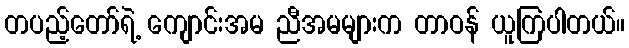
တပည့်တော်ရဲ့ ကျောင်းအမ ညီအမများက တာဝန် ယူကြပါတယ်။